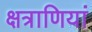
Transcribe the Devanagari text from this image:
क्षत्राणियां